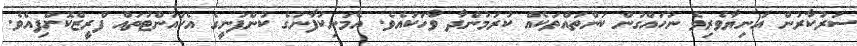
ސަރުކާރުން އަނިޔާވެރިވެ ނުހައްގުން ކަންތައްތަކެއް ކުރަމުންދާ ވާހަކައެވެ. އެމަނިކުފާނުގެ ކުންފުނީގެ އެކައުންޓުތައް ފްރީޒްކޮށްފިއެވެ.